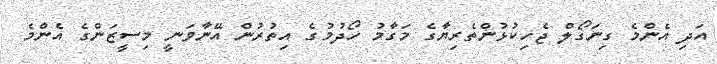
އަދި އެންމެ ގިނަގޯލް ޖެހިކުޅުންތެރިޔާގެ މަގާމު ހޯދުމުގެ އިތުރުން އޭނާވަނީ މިސީޒަންގެ އެންމެ